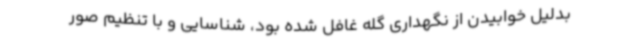
بدلیل خوابیدن از نگهداری گله غافل شده بود، شناسایی و با تنظیم صور